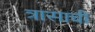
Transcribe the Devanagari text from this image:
त्रासाची